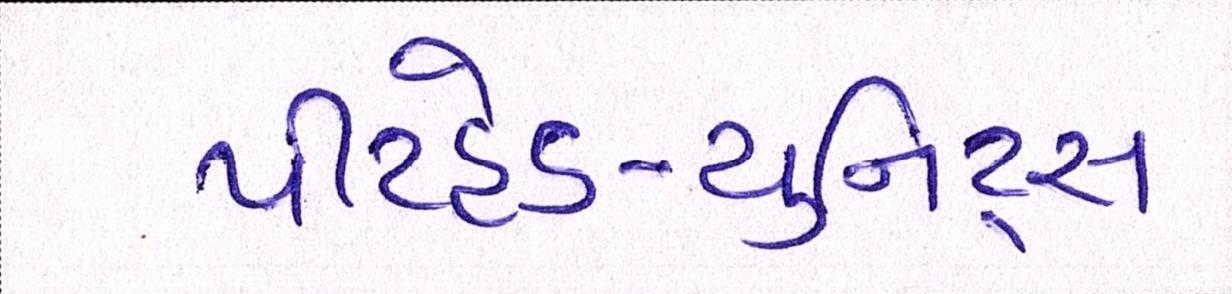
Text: પીટહેડ-યુનિટ્સ